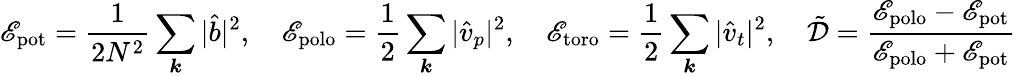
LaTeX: \mathscr{E}_{\mathrm{{pot}}}=\frac{{1}}{{2N^{2}}}\sum_{\boldsymbol{k}}|\hat{{b}}|^{2},~~~~\mathscr{E}_{\mathrm{{polo}}}=\frac{{1}}{{2}}\sum_{\boldsymbol{k}}|\hat{{v}}_{p}|^{2},~~~~\mathscr{E}_{\mathrm{{toro}}}=\frac{{1}}{{2}}\sum_{\boldsymbol{k}}|\hat{{v}}_{t}|^{2},~~~~\tilde{{\mathcal{{D}}}}=\frac{{\mathscr{E}_{\mathrm{{polo}}}-\mathscr{E}_{\mathrm{{pot}}}}}{{\mathscr{E}_{\mathrm{{polo}}}+\mathscr{E}_{\mathrm{{pot}}}}}